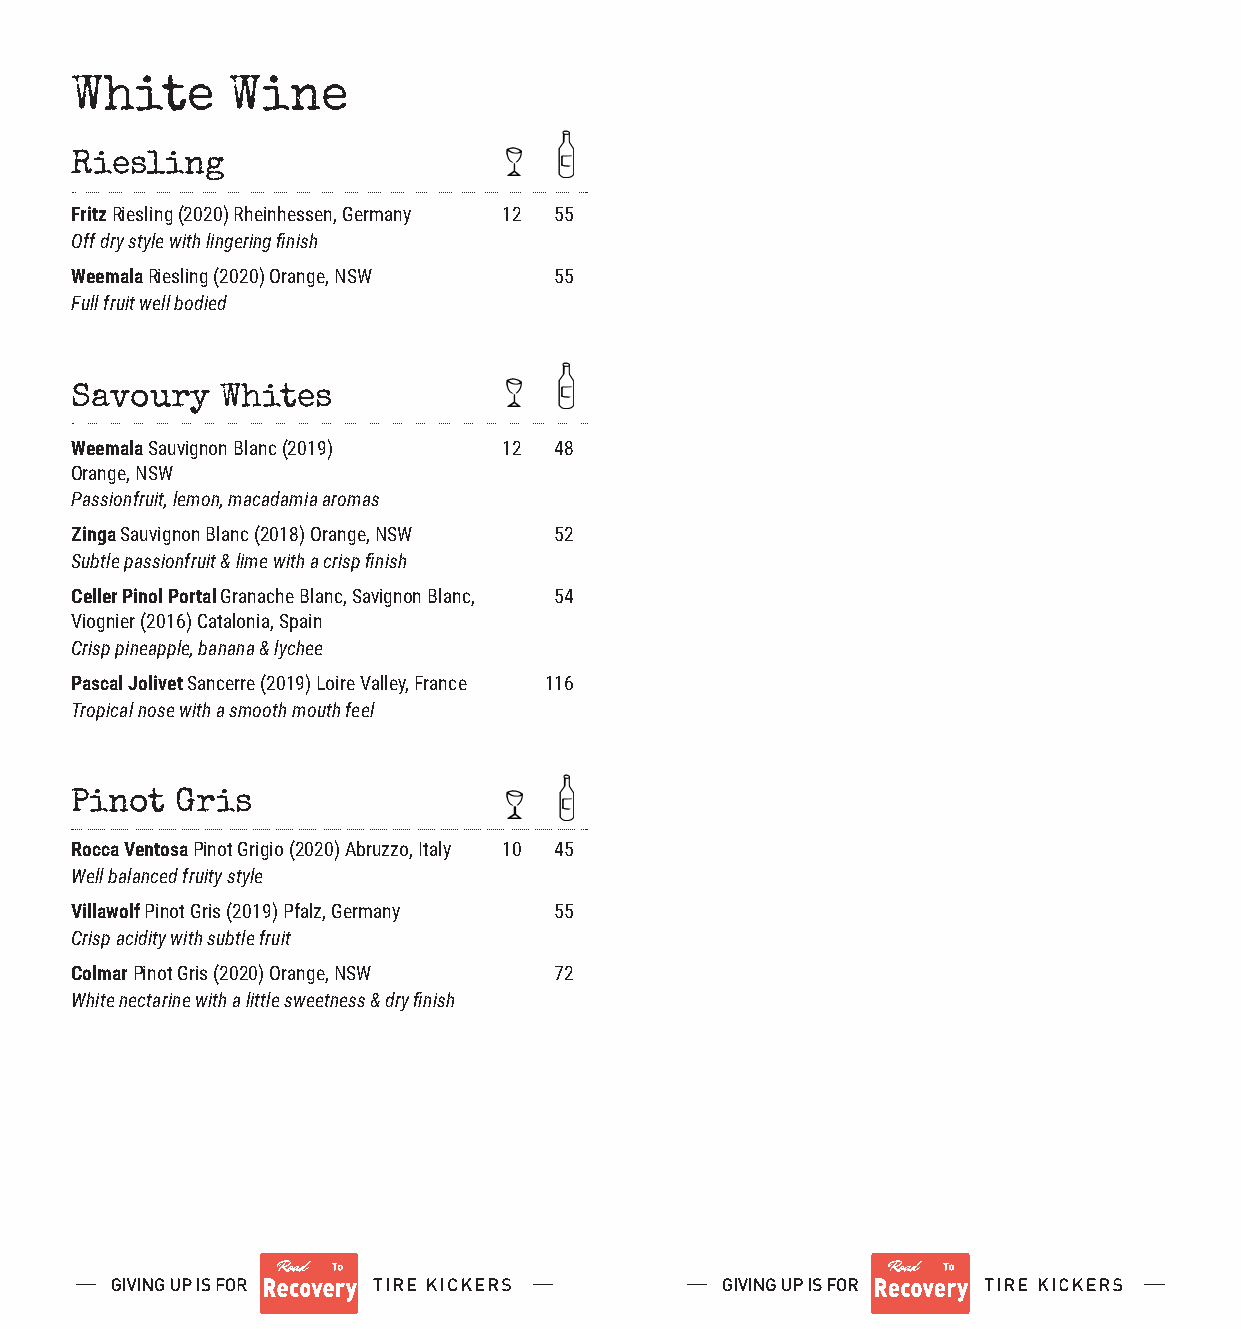
White     Wine
 Riesling
 Fritz Riesling (2020) Rheinhessen, Germany 12 55
 Off dry style with lingering finish
 Weemala Riesling (2020) Orange, NSW 55
 Full fruit well bodied
 Savoury   Whites
 Weemala Sauvignon Blanc (2019) 12 48
 Orange, NSW
 Passionfruit, lemon, macadamia aromas
 Zinga Sauvignon Blanc (2018) Orange, NSW 52
 Subtle passionfruit & lime with a crisp finish
 Celler Pinol Portal Granache Blanc, Savignon Blanc, 54
 Viognier (2016) Catalonia, Spain
 Crisp pineapple, banana & lychee
 Pascal Jolivet Sancerre (2019) Loire Valley, France 116
 Tropical nose with a smooth mouth feel
 Pinot  Gris
 Rocca Ventosa Pinot Grigio (2020) Abruzzo, Italy 10 45
 Well balanced fruity style
 Villawolf Pinot Gris (2019) Pfalz, Germany 55
 Crisp acidity with subtle fruit
 Colmar Pinot Gris (2020) Orange, NSW 72
 White nectarine with a little sweetness & dry finish